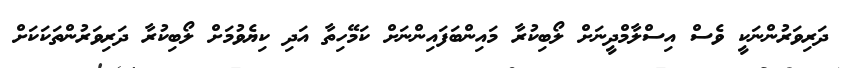
ދަރިވަރުންނަކީ ވެސް އިސްލާމްދީނަށް ލޯބިކުރާ މައިންބަފައިންނަށް ކަމޭހިތާ އަދި ކިޔެވުމަށް ލޯބިކުރާ ދަރިވަރުންތަކަކަށް